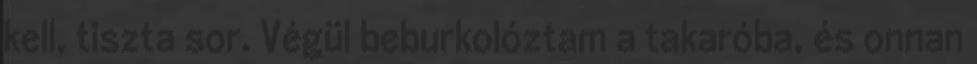
kell, tiszta sor. Végül beburkolóztam a takaróba, és onnan